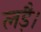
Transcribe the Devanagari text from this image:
लड़ै।